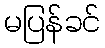
မပြန်ခင်